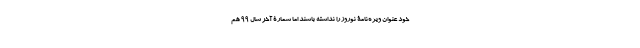
خود عنوان ویژه‌نامۀ نوروز را نداشته باشند اما شمارۀ آخر سال 99 هم